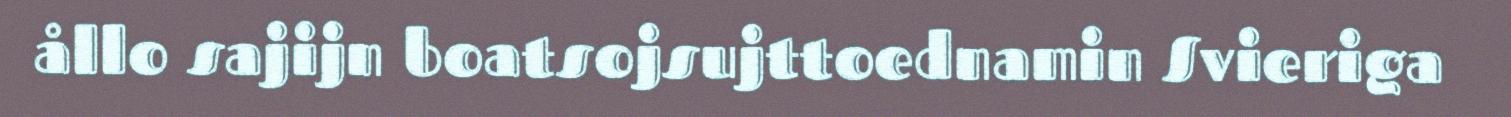
ållo sajijn boatsojsujttoednamin Svieriga